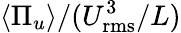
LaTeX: \left\langle\Pi_{u}\right\rangle/(U_{\mathrm{rms}}^{3}/L)